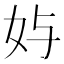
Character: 𱙄